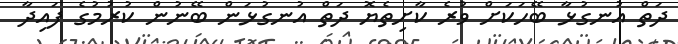
ދަތް އުނގުޅާ ބޭހަކަށް ވުރެ ކާށިތެޔޮ ދަތް އުނގުޅަން ބޭނުން ކުރުމުގެ ފައިދާ